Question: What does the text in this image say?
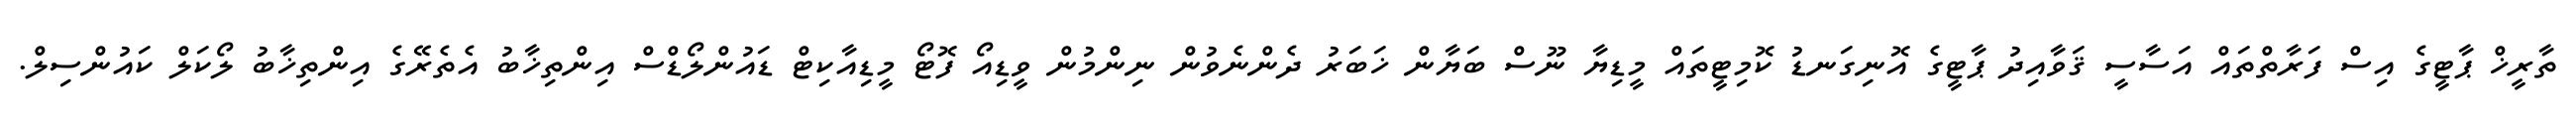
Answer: ތާރީޚް ޕާޓީގެ އިސް ފަރާތްތައް އަސާސީ ޤަވާއިދު ޕާޓީގެ އޮނިގަނޑު ކޮމިޓީތައް މީޑިޔާ ނޫސް ބަޔާން ޚަބަރު ދެންނެވުން ނިންމުން ވީޑިއޯ ފޮޓޯ މީޑިއާކިޓް ޑައުންލޯޑްސް އިންތިޚާބު އެތެރޭގެ އިންތިޚާބު ލޯކަލް ކައުންސިލް.